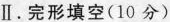
Ⅱ.完形填空(10分)